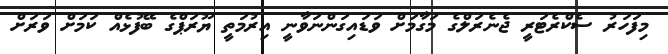
މިފަހަރު ސެކްރެޓަރީ ޖެނެރަލްގެ މަގާމަށް ވަޑައިގަންނަވާނީ އިރުމަތީ ޔޫރަޕްގެ ބޭފުޅެއް ކަމަށް ވަރަށް